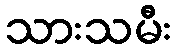
သားသမီး